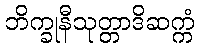
ဘိက္ခုနီသုတ္တာဒိဆက္ကံ